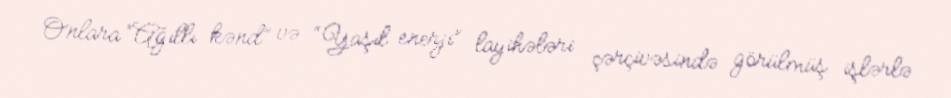
Onlara “Ağıllı kənd” və “Yaşıl enerji” layihələri çərçivəsində görülmüş işlərlə